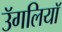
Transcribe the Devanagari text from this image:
उॅगलियाॅ